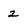
Character: 2